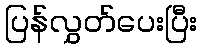
ပြန်လွှတ်ပေးပြီး